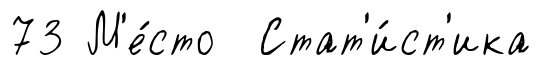
73 М'е́сто Стат'и́ст'ика